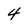
Character: 4